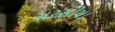
સરસીયા